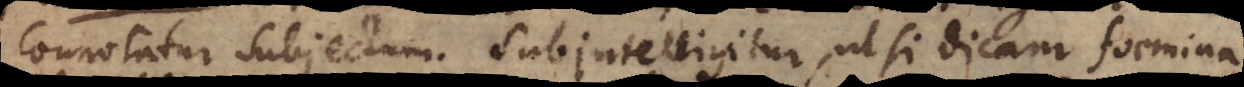
connotatur subjectum. Subintelligitur, ut si dicam foemina